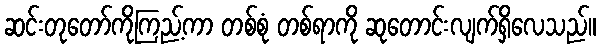
ဆင်းတုတော်ကိုကြည့်ကာ တစ်စုံ တစ်ရာကို ဆုတောင်းလျက်ရှိလေသည်။